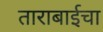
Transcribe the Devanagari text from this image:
ताराबाईचा